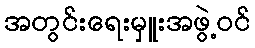
အတွင်းရေးမှူးအဖွဲ့ဝင်